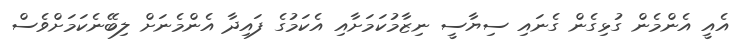
އެއީ އެންމެން ގުޅިގެން ގެނައި ސިޔާސީ ނިޒާމުކަމަށާއި އެކަމުގެ ފައިދާ އެންމެނަށް ލިބޭނެކަމަށްވެސް